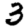
Digit: 3